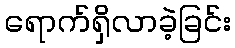
ရောက်ရှိလာခဲ့ခြင်း